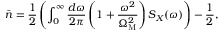
\bar { n } = \frac { 1 } { 2 } \left( \int _ { 0 } ^ { \infty } \frac { d \omega } { 2 \pi } \left( 1 + \frac { \omega ^ { 2 } } { \Omega _ { \mathrm { M } } ^ { 2 } } \right) S _ { X } ( \omega ) \right) - \frac { 1 } { 2 } ,